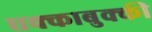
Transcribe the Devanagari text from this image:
धक्काबुक्की